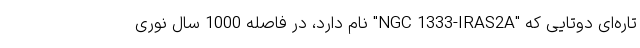
تاره‌ای دوتایی که "NGC 1333-IRAS2A" نام دارد، در فاصله 1000 سال نوری